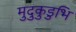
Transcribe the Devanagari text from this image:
मुदुकुडुभि